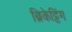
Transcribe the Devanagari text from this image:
ब्रिकेट्टिंग